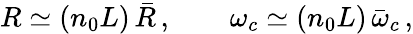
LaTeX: R\simeq(n_{0}L)\, \bar{R}\, ,\qquad\omega_{c}\simeq(n_{0}L)\, \bar{\omega}_{c}\, ,